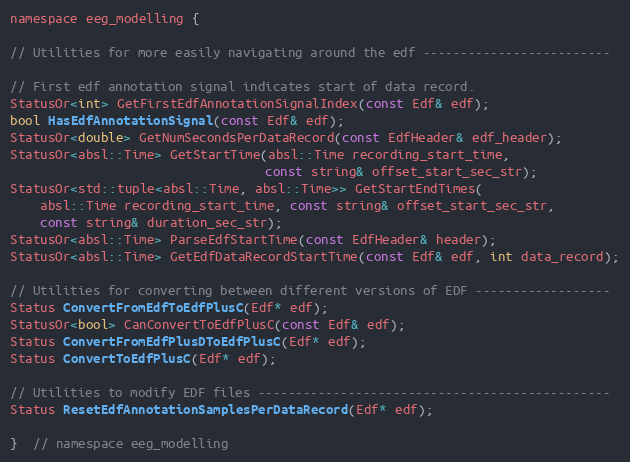
Language: C
namespace eeg_modelling {

// Utilities for more easily navigating around the edf -------------------------

// First edf annotation signal indicates start of data record.
StatusOr<int> GetFirstEdfAnnotationSignalIndex(const Edf& edf);
bool HasEdfAnnotationSignal(const Edf& edf);
StatusOr<double> GetNumSecondsPerDataRecord(const EdfHeader& edf_header);
StatusOr<absl::Time> GetStartTime(absl::Time recording_start_time,
                                  const string& offset_start_sec_str);
StatusOr<std::tuple<absl::Time, absl::Time>> GetStartEndTimes(
    absl::Time recording_start_time, const string& offset_start_sec_str,
    const string& duration_sec_str);
StatusOr<absl::Time> ParseEdfStartTime(const EdfHeader& header);
StatusOr<absl::Time> GetEdfDataRecordStartTime(const Edf& edf, int data_record);

// Utilities for converting between different versions of EDF ------------------
Status ConvertFromEdfToEdfPlusC(Edf* edf);
StatusOr<bool> CanConvertToEdfPlusC(const Edf& edf);
Status ConvertFromEdfPlusDToEdfPlusC(Edf* edf);
Status ConvertToEdfPlusC(Edf* edf);

// Utilities to modify EDF files -----------------------------------------------
Status ResetEdfAnnotationSamplesPerDataRecord(Edf* edf);

}  // namespace eeg_modelling